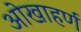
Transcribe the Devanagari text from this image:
ओखाहर्ण